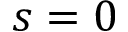
s = 0